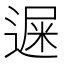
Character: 𨕄